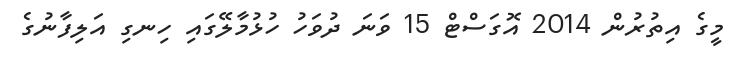
މީގެ އިތުރުން 2014 އޮގަސްޓް 15 ވަނަ ދުވަހު ހުޅުމާލޭގައި ހިނގި އަލިފާނުގެ